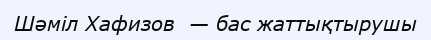
Шәміл Хафизов  — бас жаттықтырушы